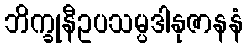
ဘိက္ခုနီဥပသမ္ပဒါနုဇာနနံ